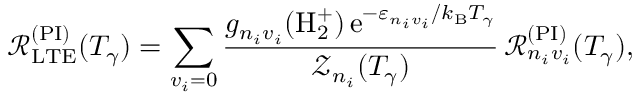
\mathcal { R } _ { \mathrm { L T E } } ^ { ( \mathrm { P I } ) } ( T _ { \gamma } ) = \sum _ { v _ { i } = 0 } \frac { g _ { n _ { i } v _ { i } } ( \mathrm { H } _ { 2 } ^ { + } ) \, \mathrm { e } ^ { - \varepsilon _ { n _ { i } v _ { i } } / k _ { \mathrm { B } } T _ { \gamma } } } { \mathcal { Z } _ { n _ { i } } ( T _ { \gamma } ) } \, \mathcal { R } _ { n _ { i } v _ { i } } ^ { ( \mathrm { P I } ) } ( T _ { \gamma } ) ,